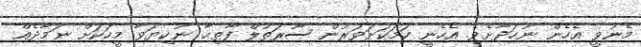
މެނުވީ އެހެން ނުހަދާށެވެ. އެހެނީ ހަމަކަށަވަރުން ސޫރަތުލް ފާތިޙާ ނުކިޔަވާ މީހަކަށް ނަމާދެއް